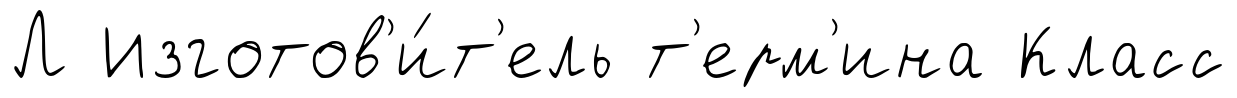
Л Изготов'и́т'ель т'ерм'ина Класс